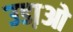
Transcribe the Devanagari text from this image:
उडा़ओ